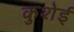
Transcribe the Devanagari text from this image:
कुशेई